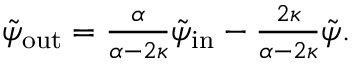
\begin{array} { r } { \tilde { \psi } _ { \mathrm { o u t } } = \frac { \alpha } { \alpha - 2 \kappa } \tilde { \psi } _ { \mathrm { i n } } - \frac { 2 \kappa } { \alpha - 2 \kappa } \tilde { \psi } . } \end{array}